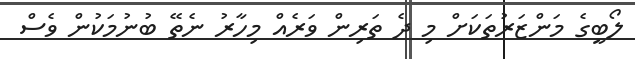
ލޯބީގެ މަންޒަރުތަކަށް މި ދެ ތަރިން ވަރެއް މިހާރު ނެތޭ ބުނުމަކުން ވެސް